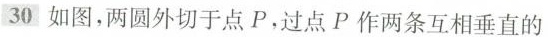
30如图，两圆外切于点P，过点P作两条互相垂直的